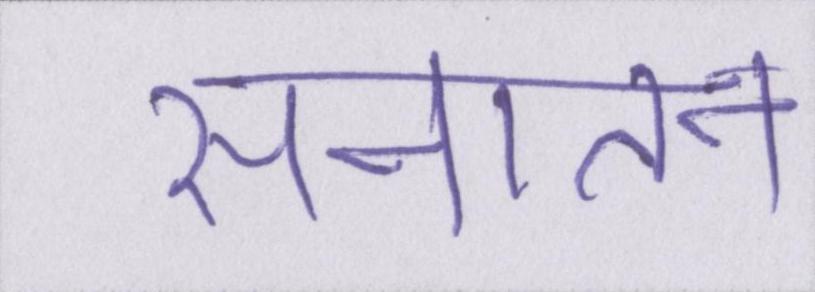
सनातन